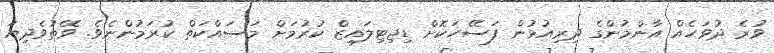
ވުރެ ދުވަހެއް އާންމުންގެ ދިރިއުޅުން ފަސޭހަކޮށް ޑިޖިޓިލައިޒް ކުރުމަށް މަސައްކަތް ކުރަމުންނެވެ. ވޭތުވެދިޔަ